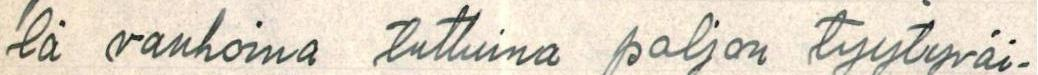
lä vanhoina tuttuina paljon tyytyväi-